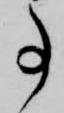
事